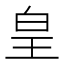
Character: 皇